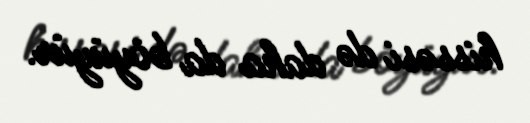
hissəsi də daha da böyüyür.